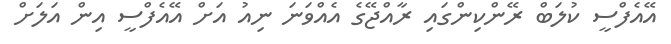
އޭއެފްސީ ކުލަބް ރޭންކިންގައި ރާއްޖޭގެ އެއްވަނަ ނިއު އަށް އޭއެފްސީ އިން އަލަށް